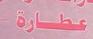
عطارة